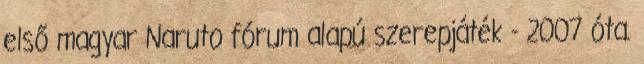
első magyar Naruto fórum alapú szerepjáték - 2007 óta.